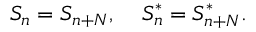
S _ { n } = S _ { n + N } , \; \; \; \; S _ { n } ^ { * } = S _ { n + N } ^ { * } .